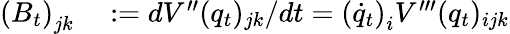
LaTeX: \begin{array}{rl}{\left(B_{t}\right)_{jk}}&{{}:=dV^{\prime\prime}(q_{t})_{jk}/dt=\left(\dot{q}_{t}\right)_{i}V^{\prime\prime\prime}(q_{t})_{ijk}}\end{array}